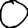
Digit: 0